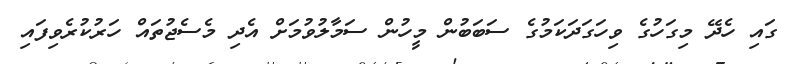
ގައި ހެދޭ މިގަހުގެ ވިހަގަދަކަމުގެ ސަބަބުން މީހުން ސަމާލުވުމަށް އެދި މެސެޖުތައް ހަރުކުރެވިފައި